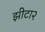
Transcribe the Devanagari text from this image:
झीटा२